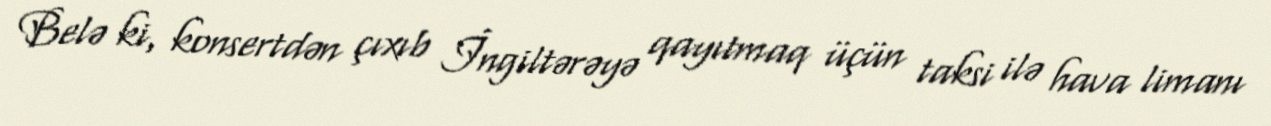
Belə ki, konsertdən çıxıb İngiltərəyə qayıtmaq üçün taksi ilə hava limanı